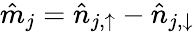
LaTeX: \hat{m}_{j}=\hat{n}_{j,{\uparrow}}-\hat{n}_{j,{\downarrow}}